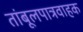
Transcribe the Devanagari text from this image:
तांबूलपात्रवाहक